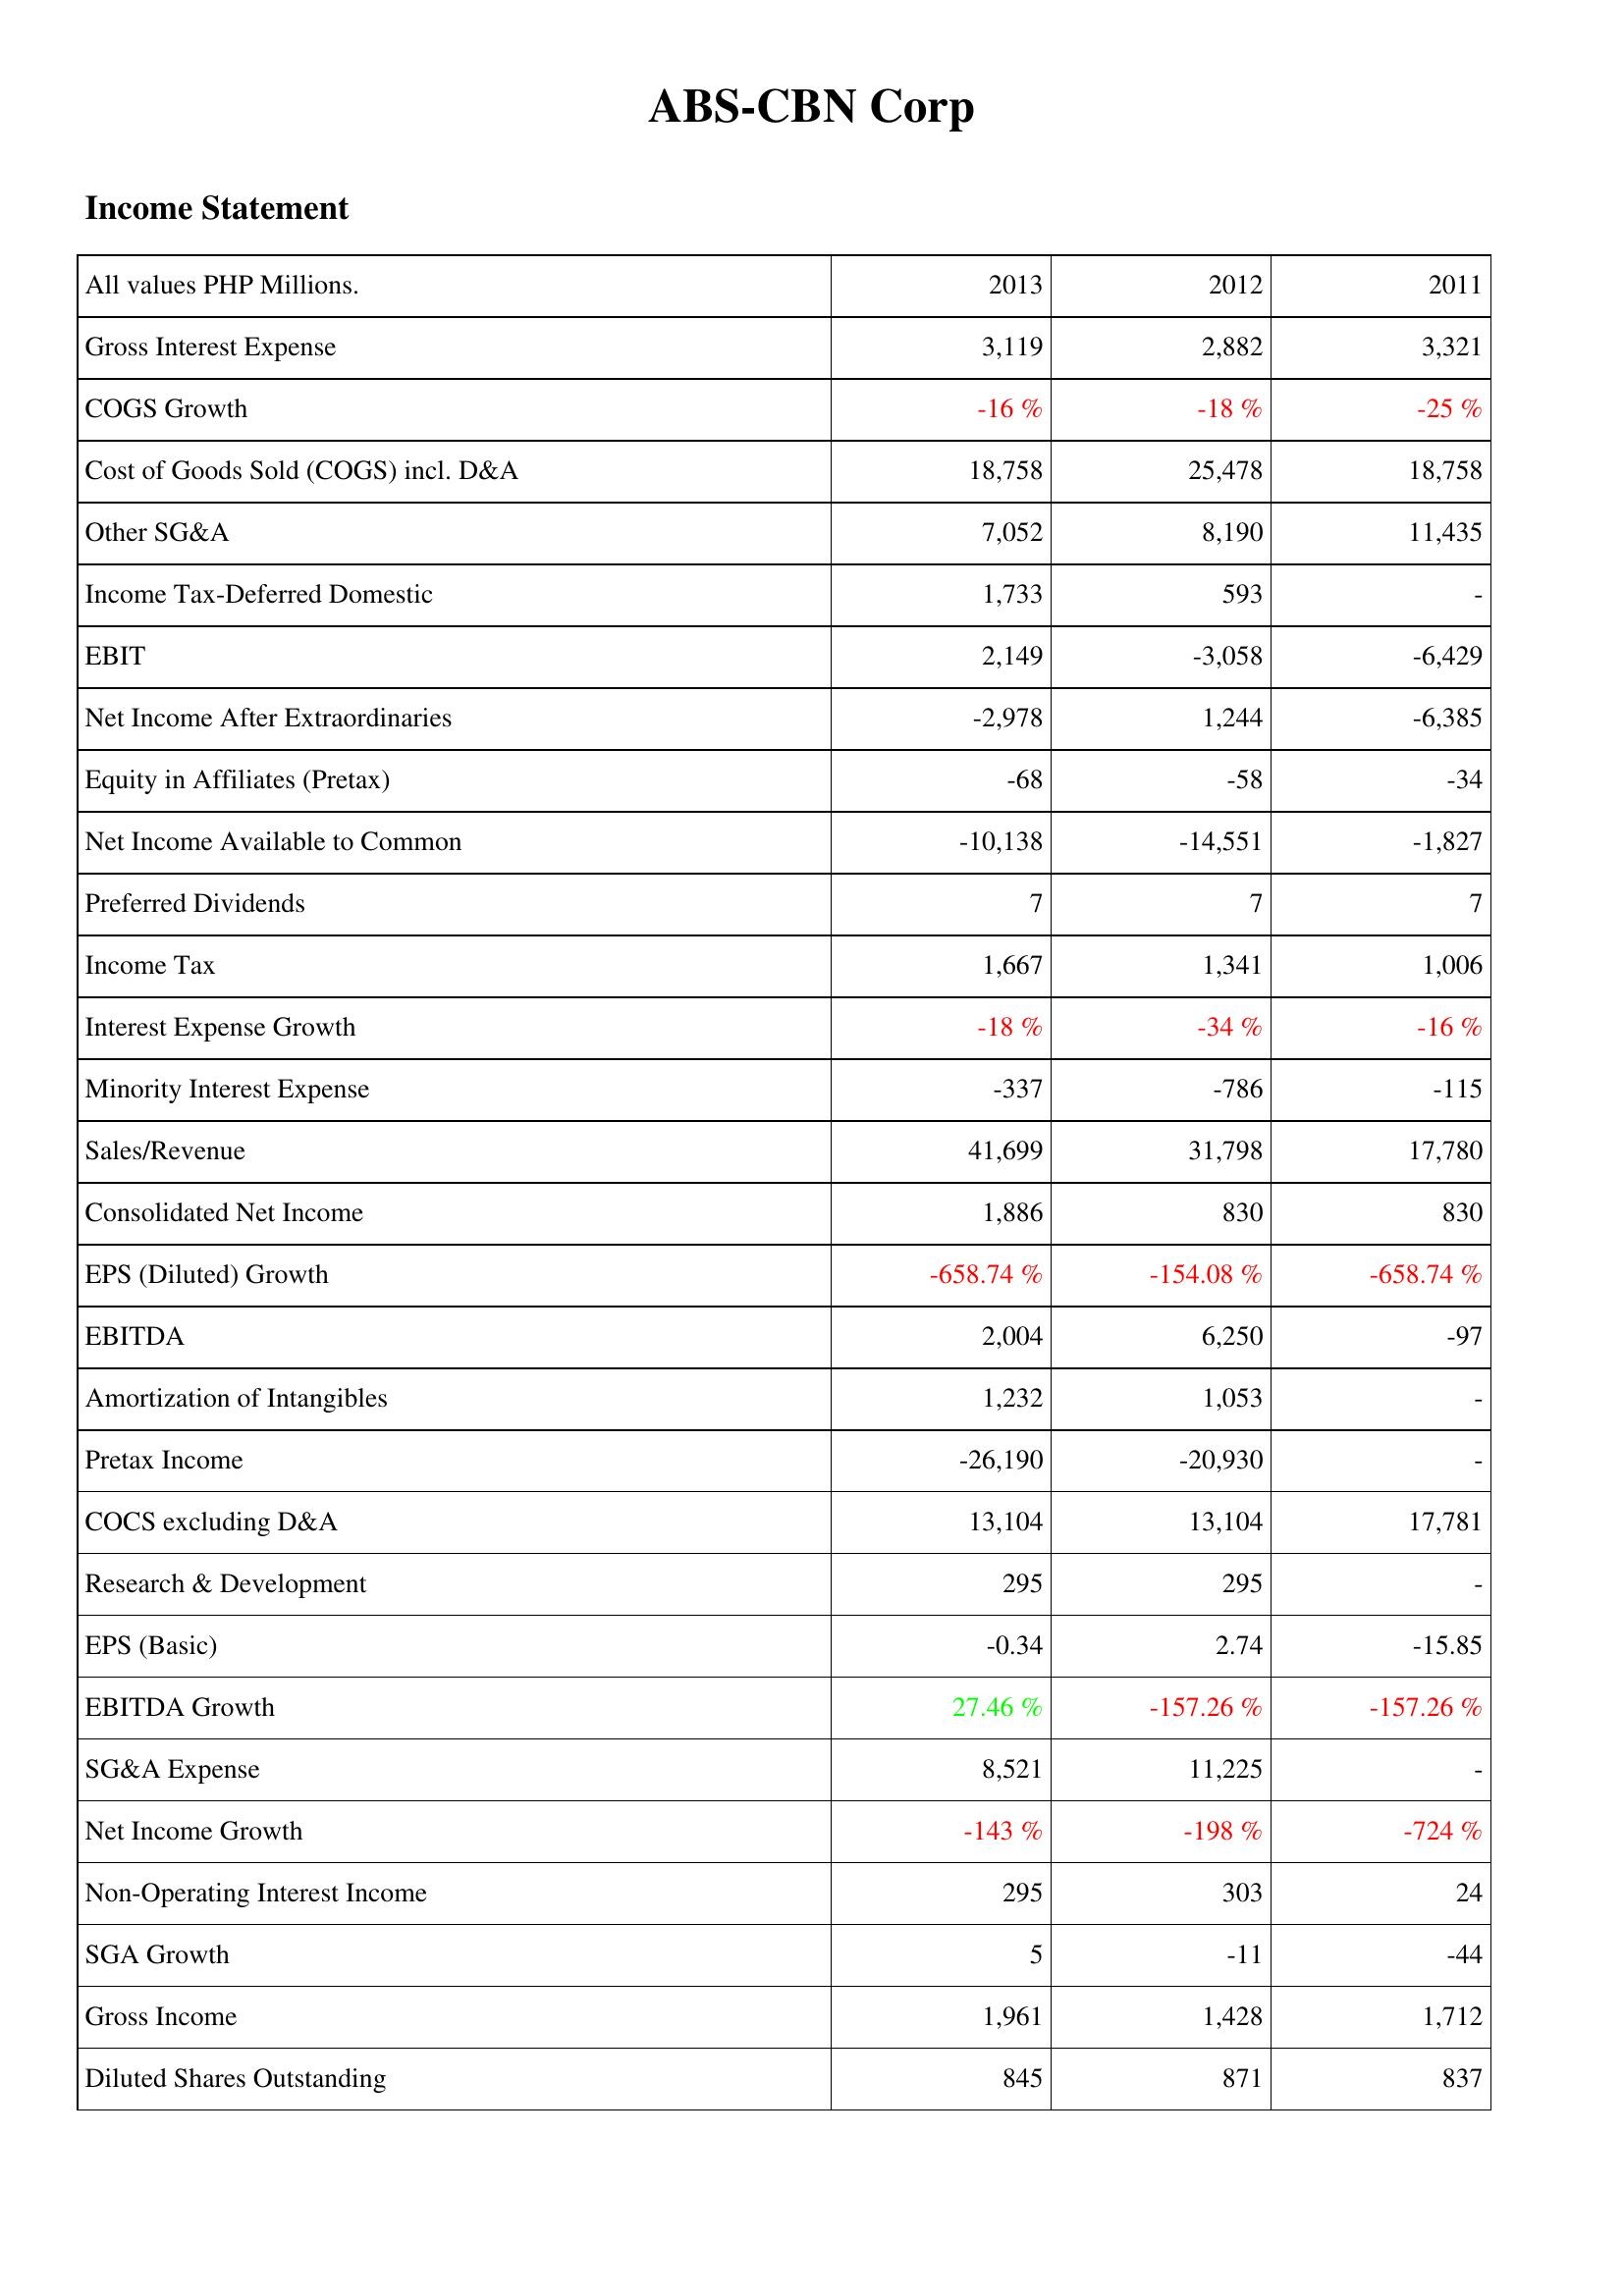
2013: Income Statement: Gross Interest Expense: 3,119
COGS Growth: -16 %
Cost of Goods Sold (COGS) incl. D&A: 18,758
Other SG&A: 7,052
Income Tax-Deferred Domestic: 1,733
EBIT: 2,149
Net Income After Extraordinaries: -2,978
Equity in Affiliates (Pretax): -68
Net Income Available to Common: -10,138
Preferred Dividends: 7
Income Tax: 1,667
Interest Expense Growth: -18 %
Minority Interest Expense: -337
Sales/Revenue: 41,699
Consolidated Net Income: 1,886
EPS (Diluted) Growth: -658.74 %
EBITDA: 2,004
Amortization of Intangibles: 1,232
Pretax Income: -26,190
COCS excluding D&A: 13,104
Research & Development: 295
EPS (Basic): -0.34
EBITDA Growth: 27.46 %
SG&A Expense: 8,521
Net Income Growth: -143 %
Non-Operating Interest Income: 295
SGA Growth: 5
Gross Income: 1,961
Diluted Shares Outstanding: 845
2012: Income Statement: Gross Interest Expense: 2,882
COGS Growth: -18 %
Cost of Goods Sold (COGS) incl. D&A: 25,478
Other SG&A: 8,190
Income Tax-Deferred Domestic: 593
EBIT: -3,058
Net Income After Extraordinaries: 1,244
Equity in Affiliates (Pretax): -58
Net Income Available to Common: -14,551
Preferred Dividends: 7
Income Tax: 1,341
Interest Expense Growth: -34 %
Minority Interest Expense: -786
Sales/Revenue: 31,798
Consolidated Net Income: 830
EPS (Diluted) Growth: -154.08 %
EBITDA: 6,250
Amortization of Intangibles: 1,053
Pretax Income: -20,930
COCS excluding D&A: 13,104
Research & Development: 295
EPS (Basic): 2.74
EBITDA Growth: -157.26 %
SG&A Expense: 11,225
Net Income Growth: -198 %
Non-Operating Interest Income: 303
SGA Growth: -11
Gross Income: 1,428
Diluted Shares Outstanding: 871
2011: Income Statement: Gross Interest Expense: 3,321
COGS Growth: -25 %
Cost of Goods Sold (COGS) incl. D&A: 18,758
Other SG&A: 11,435
Income Tax-Deferred Domestic: -
EBIT: -6,429
Net Income After Extraordinaries: -6,385
Equity in Affiliates (Pretax): -34
Net Income Available to Common: -1,827
Preferred Dividends: 7
Income Tax: 1,006
Interest Expense Growth: -16 %
Minority Interest Expense: -115
Sales/Revenue: 17,780
Consolidated Net Income: 830
EPS (Diluted) Growth: -658.74 %
EBITDA: -97
Amortization of Intangibles: -
Pretax Income: -
COCS excluding D&A: 17,781
Research & Development: -
EPS (Basic): -15.85
EBITDA Growth: -157.26 %
SG&A Expense: -
Net Income Growth: -724 %
Non-Operating Interest Income: 24
SGA Growth: -44
Gross Income: 1,712
Diluted Shares Outstanding: 837